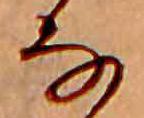
な